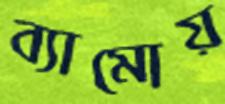
ব্যামোয়